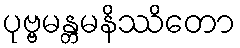
ပုဗ္ဗမန္တမနိဿိတော